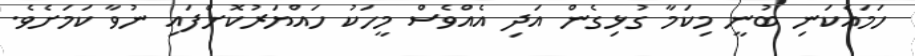
ހަމައެކަނި ބުނީ މިކަމާ ގުޅިގެން އަދި އެއްވެސް މީހަކު ހައްޔަރުކޮށްފައި ނުވާ ކަމަށެވެ.